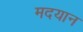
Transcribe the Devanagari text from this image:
मदयान